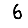
Digit: 6